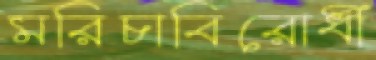
মরিচাবিরোধী